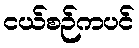
ငယ်စဉ်ကပင်